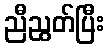
ညီညွတ်ပြီး